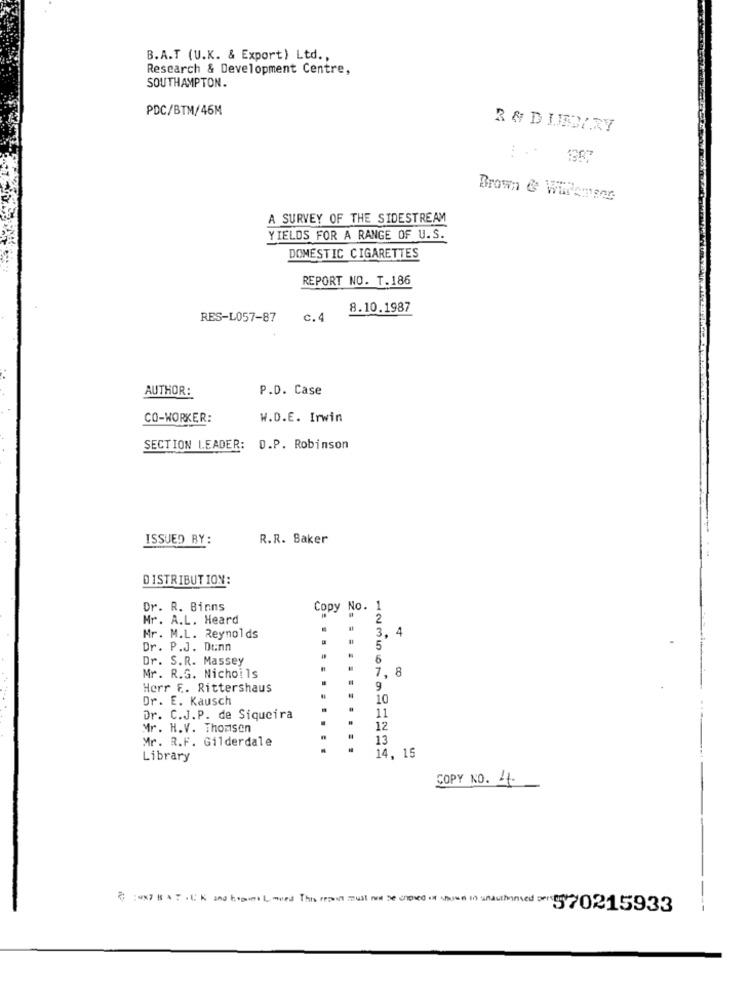
B.A.T (U.K. & Export) Ltd .,
Research & Development Centre,
SOUTHAMPTON.
PDC/BTM/46M
R & D LEDARY
.. .
Brown & Willenser
A SURVEY OF THE SIDESTREAM
YIELDS FOR A RANGE OF U.S.
DOMESTIC CIGARETTES
REPORT NO. T.186
8.10.1987
RES-L057-87
c.4
P.D. Case
AUTHOR:
CO-WORKER:
W.D.E. Irwin
SECTION LEADER:
D.P. Robinson
ISSUED BY:
R.R. Baker
DISTRIBUTION:
. R. Binns
Copy No. 1
Mr. A.L. Heard
2
3
4
Mr. M.L. Reynolds
Dr. P.J. Dunn
5
Dr. S.R. Massey
6
1. 8
Mr. R.G. Nichoils
Herr F. Rittershaus
9
Dr. E. Kausch
10
Dr. C.J.P. de Siqueira
11
Mr. H.V. Thomsen
12
Mr. R.F. Gilderdale
13
Library
14, 15
COPY NO. 4
} :Wx7 B 4 ; . UK and hopes Limited This report must not be crosed of shown in unauthorsed : 570215933
---